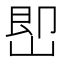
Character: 𡷦